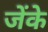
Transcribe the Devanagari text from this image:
जेंके